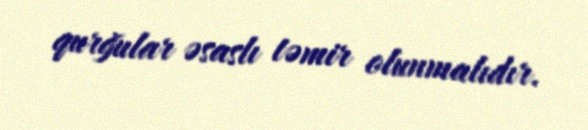
qurğular əsaslı təmir olunmalıdır.